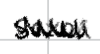
Text: Saxon
Cross-out: zig-zag
Writing tool: digital_black